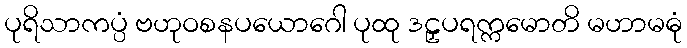
ပုရိသာကပ္ပံ ဗဟုဝစနပယောဂေါ ပုထု ဒဠှပရက္ကမောတိ မဟာမဓုံ